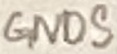
Text: GNDS